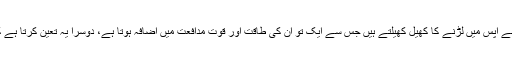
لومڑی کے ننھے بچوں کی جسامت بلی کے جتنی ہوتی ہے، یہ بچے آپس میں لڑنے کا کھیل کھیلتے ہیں جس سے ایک تو ان کی طاقت اور قوت مدافعت میں اضافہ ہوتا ہے، دوسرا یہ تعین کرتا ہے کہ کون زیادہ طاقتور ہے جو بڑا ہو کر غول کی سربراہی کرے گا۔